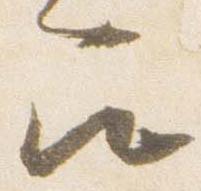
召